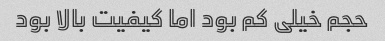
حجم خیلی کم بود اما کیفیت بالا بود